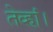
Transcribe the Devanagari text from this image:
तेव्हां।